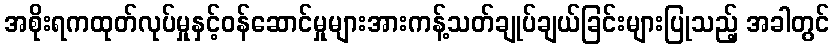
အစိုးရကထုတ်လုပ်မှုနှင့်ဝန်ဆောင်မှုများအားကန့်သတ်ချုပ်ချယ်ခြင်းများပြုသည့် အခါတွင်